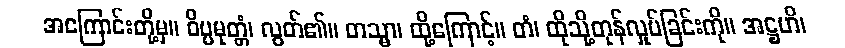
အကြောင်းတို့မှ။ ဝိပ္ပမုတ္တံ၊ လွတ်၏။ တသ္မာ၊ ထို့ကြောင့်။ တံ၊ ထိုသို့တုန်လှုပ်ခြင်းကို။ အဋ္ဌဟိ၊